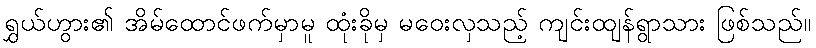
ရွှယ်ဟွား၏ အိမ်ထောင်ဖက်မှာမူ ထုံးခိုမှ မဝေးလှသည့် ကျင်းထျန်ရွာသား ဖြစ်သည်။